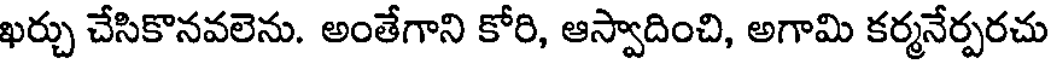
ఖర్చు చేసికొనవలెను. అంతేగాని కోరి, ఆస్వాదించి, అగామి కర్మనేర్పరచు